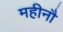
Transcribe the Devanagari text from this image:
महीनौ